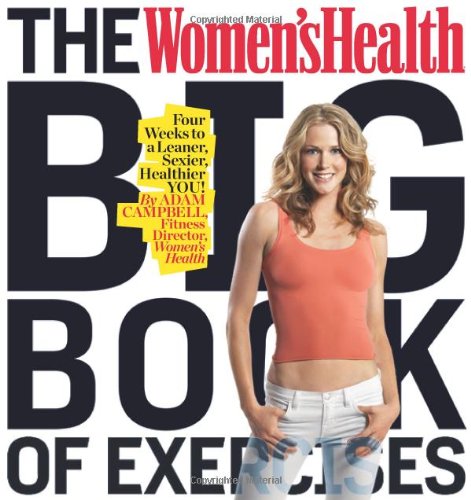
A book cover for The Women's Health Big Book of Exercises: Four Weeks to a Leaner, Sexier, Healthier YOU!; Adam Campbell; Health, Fitness & Dieting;